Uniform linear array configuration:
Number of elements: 4
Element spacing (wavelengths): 1
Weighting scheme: exponential
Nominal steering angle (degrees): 15
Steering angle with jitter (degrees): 14.77
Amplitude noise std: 0.05
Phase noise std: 0.05

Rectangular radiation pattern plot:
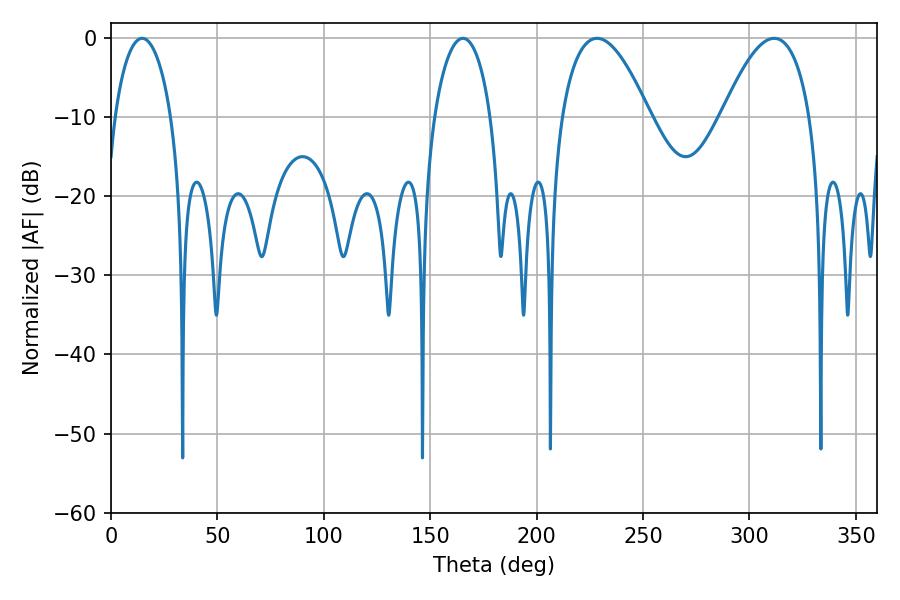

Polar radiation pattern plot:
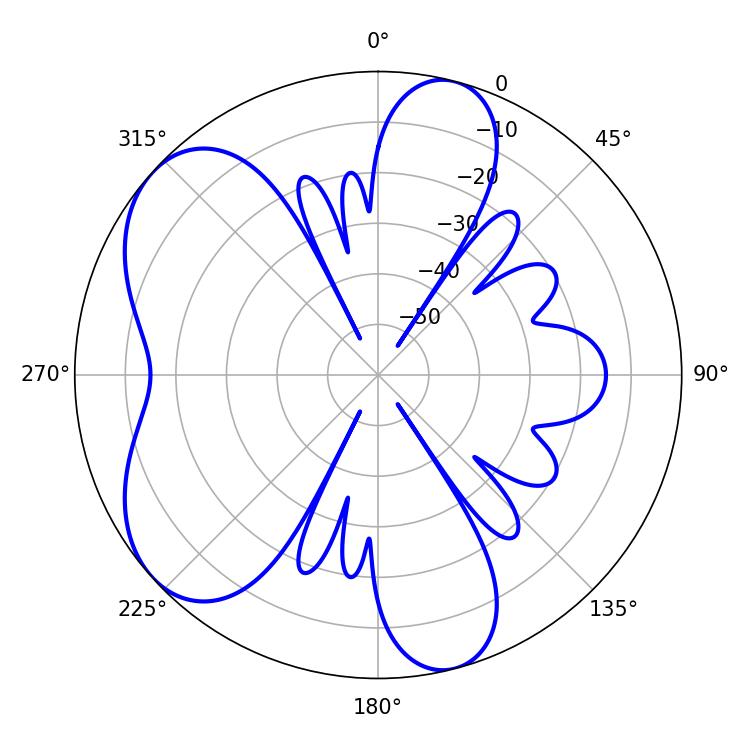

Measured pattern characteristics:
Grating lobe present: TRUE
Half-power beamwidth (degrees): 22.86
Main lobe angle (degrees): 311.58